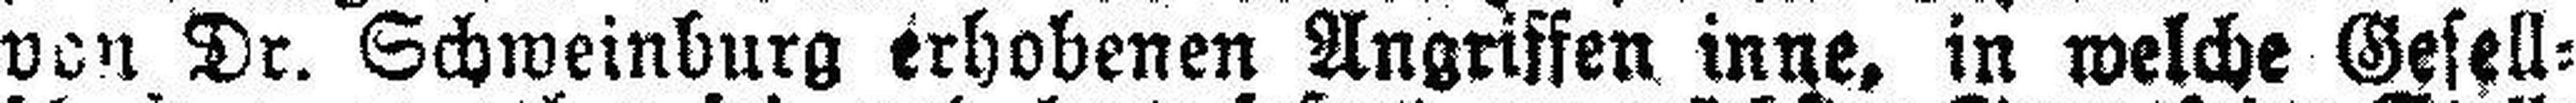
von Dr. Schweinburg erhobenen Angriffen inne, in welche Gesell¬